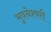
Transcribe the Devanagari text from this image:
भुवनेश्‍वरी